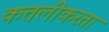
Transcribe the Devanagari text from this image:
कत्तलीकरता